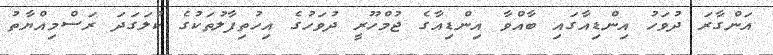
އަންގާރަ ދުވަހު އިންޑިއާގައި ބާއްވާ އިންޑިއާގެ ޖުމްހޫރީ ދުވަހުގެ އިހުތިފާލުތަކުގެ ކުލަގަދަ ރަސްމިއްޔާތު